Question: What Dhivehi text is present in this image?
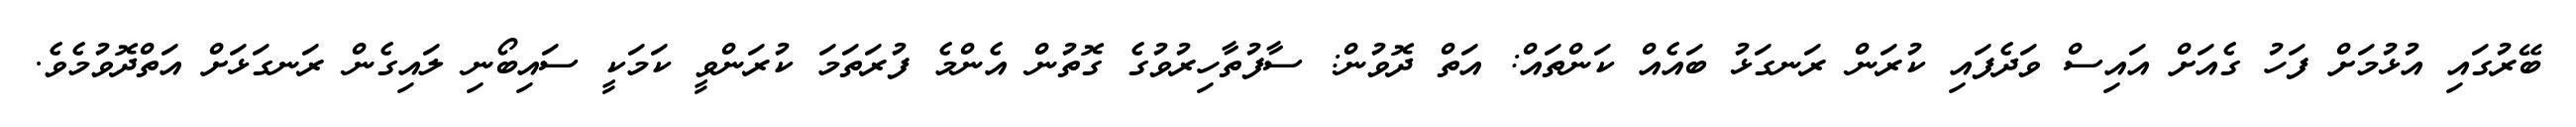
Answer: ބޭރުގައި އުޅުމަށް ފަހު ގެއަށް އައިސް ވަދެފައި ކުރަން ރަނގަޅު ބައެއް ކަންތައް: އަތް ދޮވުން: ސާފުތާހިރުވުގެ ގޮތުން އެންމެ ފުރަތަމަ ކުރަންވީ ކަމަކީ ސައިބޯނި ލައިގެން ރަނގަޅަށް އަތްދޮވުމެވެ.